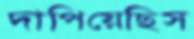
দাপিয়েছিস